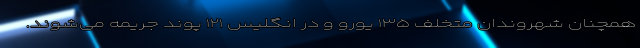
همچنان شهروندان متخلف ۱۳۵ یورو و در انگلیس ۱۲۱ پوند جریمه می‌شوند.